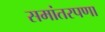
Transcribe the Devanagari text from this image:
समांतरपणा